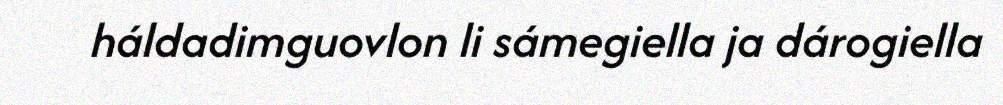
háldadimguovlon li sámegiella ja dárogiella